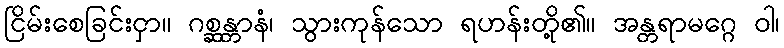
ငြိမ်းစေခြင်းငှာ။ ဂစ္ဆန္တာနံ၊ သွားကုန်သော ရဟန်းတို့၏။ အန္တရာမဂ္ဂေ ဝါ၊